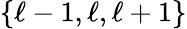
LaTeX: \{ \ell-1,\ell,\ell+1\}